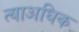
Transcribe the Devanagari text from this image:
त्याअधिक